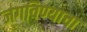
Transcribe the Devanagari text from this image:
जगविण्याचा